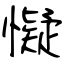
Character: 懝